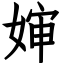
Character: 婶